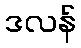
ဒလန်